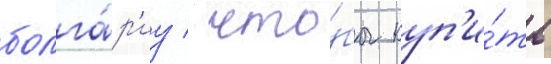
болга́р'иу / что́бы куп'и́ть